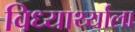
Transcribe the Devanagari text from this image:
विध्यार्थ्याला